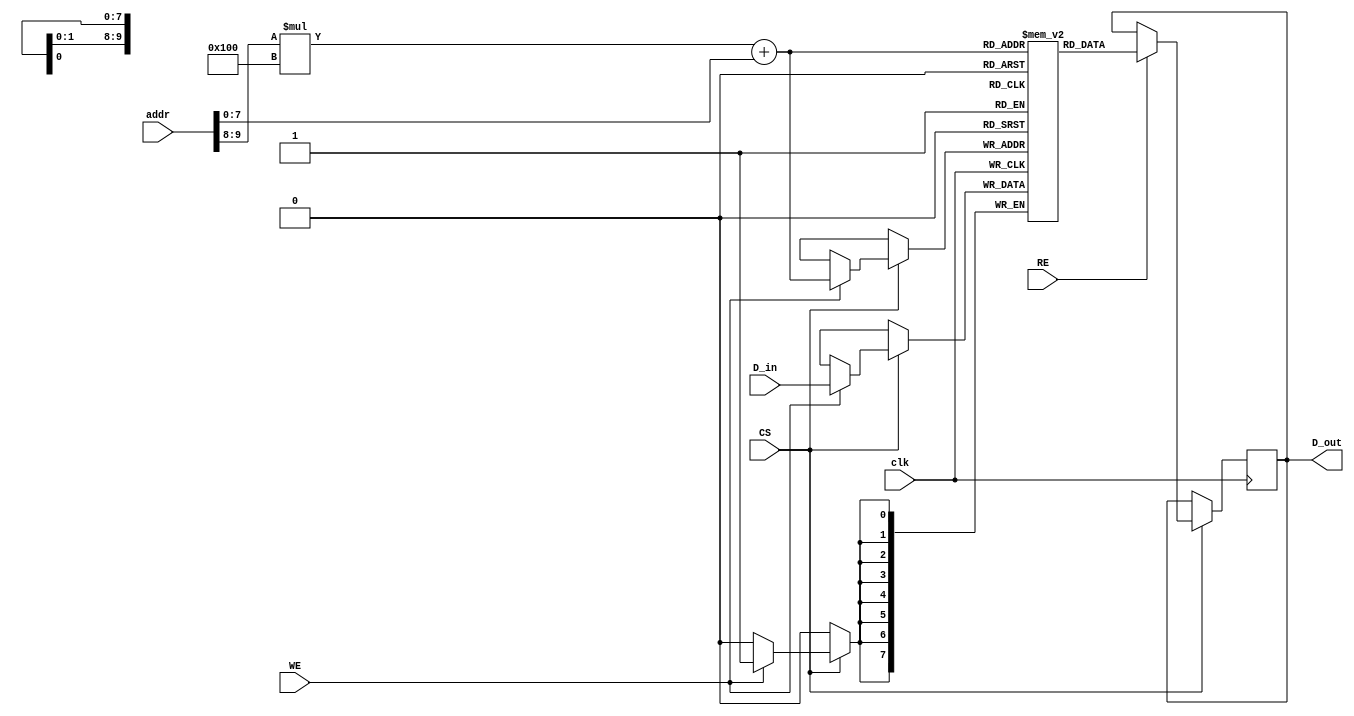
module MultiBankSRAM #(
    parameter NUM_BANKS = 4,      // Number of banks
    parameter WORD_SIZE = 8,       // Size of each word (in bits)
    parameter ADDR_SIZE = 10        // Total address size (in bits)
)(
    input wire clk,                 // Clock signal
    input wire [ADDR_SIZE-1:0] addr, // Address input
    input wire [WORD_SIZE-1:0] D_in, // Data input
    input wire RE,                  // Read Enable
    input wire WE,                  // Write Enable
    input wire CS,                  // Chip Select
    output reg [WORD_SIZE-1:0] D_out // Data output
);

    // Calculate bank and word addresses
    localparam BANK_ADDR_SIZE = $clog2(NUM_BANKS);
    localparam WORD_ADDR_SIZE = ADDR_SIZE - BANK_ADDR_SIZE;

    reg [WORD_SIZE-1:0] memory[NUM_BANKS-1:0][2**WORD_ADDR_SIZE-1:0]; // Multibank memory

    wire [BANK_ADDR_SIZE-1:0] bank_addr;
    wire [WORD_ADDR_SIZE-1:0] word_addr;

    assign bank_addr = addr[ADDR_SIZE-1:ADDR_SIZE-BANK_ADDR_SIZE]; // Bank selection
    assign word_addr = addr[ADDR_SIZE-BANK_ADDR_SIZE-1:0]; // Word selection

    always @(posedge clk) begin
        if (CS) begin
            if (WE) begin
                // Write operation
                memory[bank_addr][word_addr] <= D_in;
            end
            if (RE) begin
                // Read operation
                D_out <= memory[bank_addr][word_addr];
            end
        end
    end

endmodule